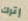
إترك